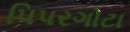
પિપરગોટા